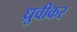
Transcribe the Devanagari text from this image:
ध्रुवीकर